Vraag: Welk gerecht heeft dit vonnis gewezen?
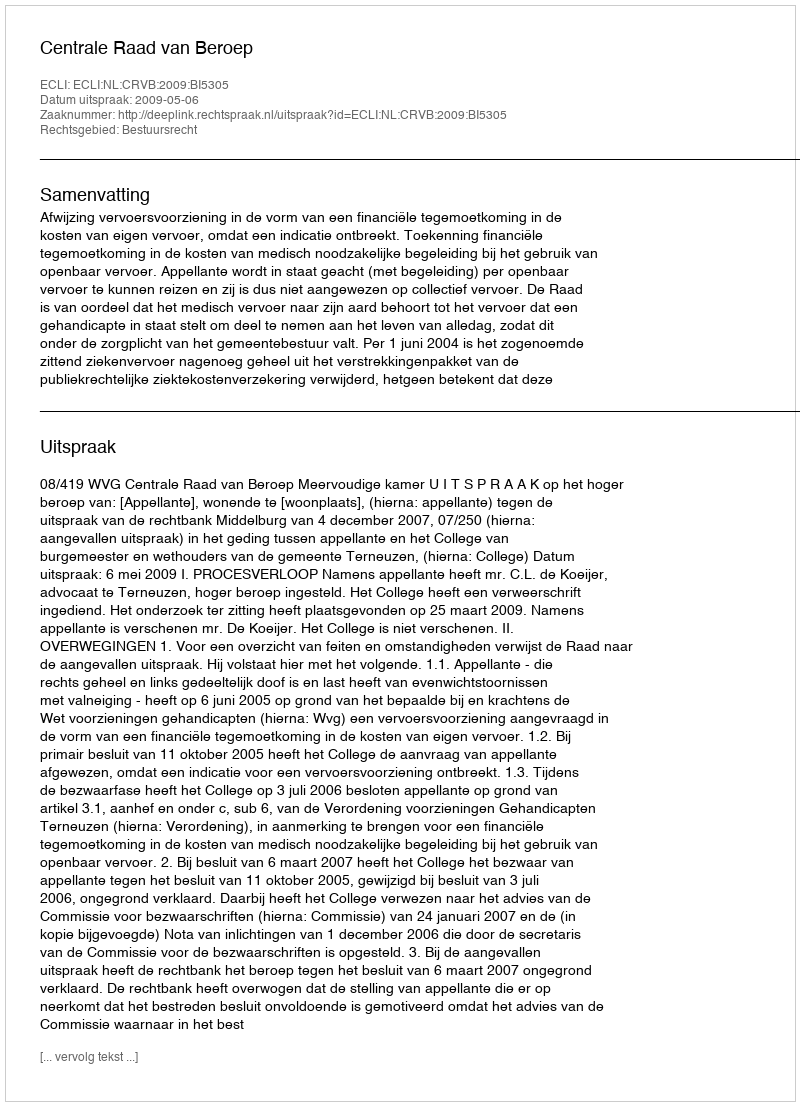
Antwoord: Centrale Raad van Beroep